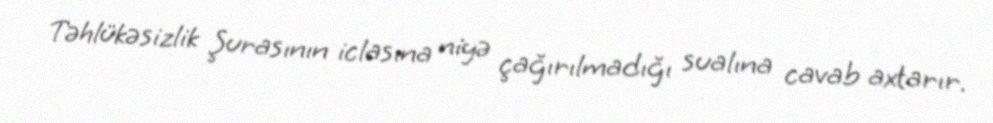
Təhlükəsizlik Şurasının iclasına niyə çağırılmadığı sualına cavab axtarır.